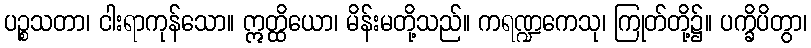
ပဉ္စသတာ၊ ငါးရာကုန်သော။ ဣတ္ထိယော၊ မိန်းမတို့သည်။ ကရဏ္ဍကေသု၊ ကြုတ်တို့၌။ ပက္ခိပိတွာ၊